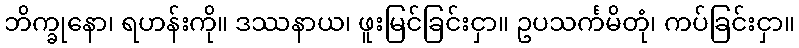
ဘိက္ခုနော၊ ရဟန်းကို။ ဒဿနာယ၊ ဖူးမြင်ခြင်းငှာ။ ဥပသင်္ကမိတုံ၊ ကပ်ခြင်းငှာ။